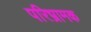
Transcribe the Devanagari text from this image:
परिभ्रामक